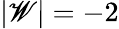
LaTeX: |\mathscr{W}|=-2